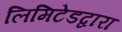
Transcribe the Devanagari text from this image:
लिमिटेडद्वारा